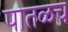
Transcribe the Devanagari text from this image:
पातळच